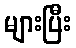
များပြီး